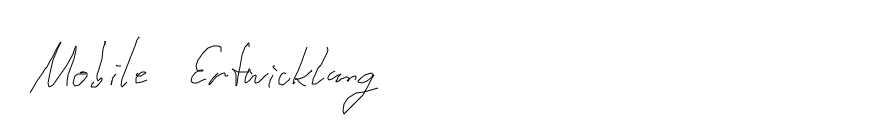
Mobile Entwicklung